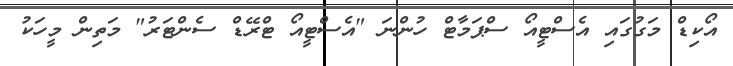
އޯކިޑް މަގުގައި އެސްޓީއޯ ސްޕަމާޓް ހުންނަ "އެސްޓީއޯ ޓްރޭޑް ސެންޓަރު" މަތިން މީހަކު